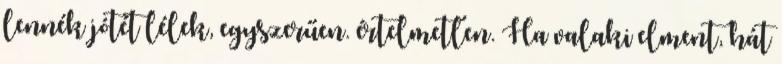
lennék jótét lélek, egyszerűen. értelmetlen. Ha valaki elment, hát